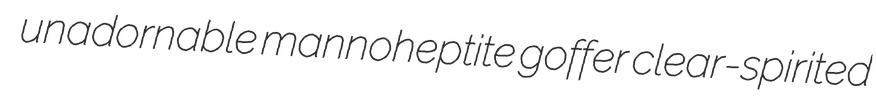
unadornable mannoheptite goffer clear-spirited